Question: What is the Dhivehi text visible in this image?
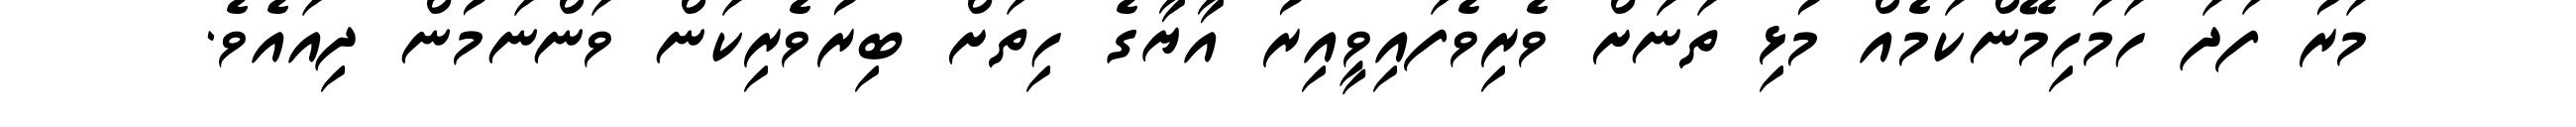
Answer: މަރު ފަދަ ހަމަހިމޭންކަމެއް މުޅި ތަނަށް ވެރިވެފައިވީއިރު އާޔާގެ ހިތަށް ބިރުވެރިކަން ވަންނަމުން ދިއައެވެ.